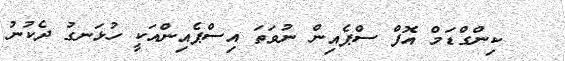
ކިންގްޑަމް އޮފް ސްޕެއިން ނުވަތަ އިސްޕެއިންއަކީ ހުޅަނގު ދެކުނު